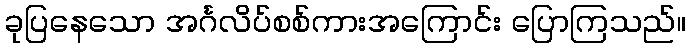
ခုပြနေသော အင်္ဂလိပ်စစ်ကားအကြောင်း ပြောကြသည်။